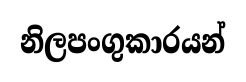
නිලපංගුකාරයන්